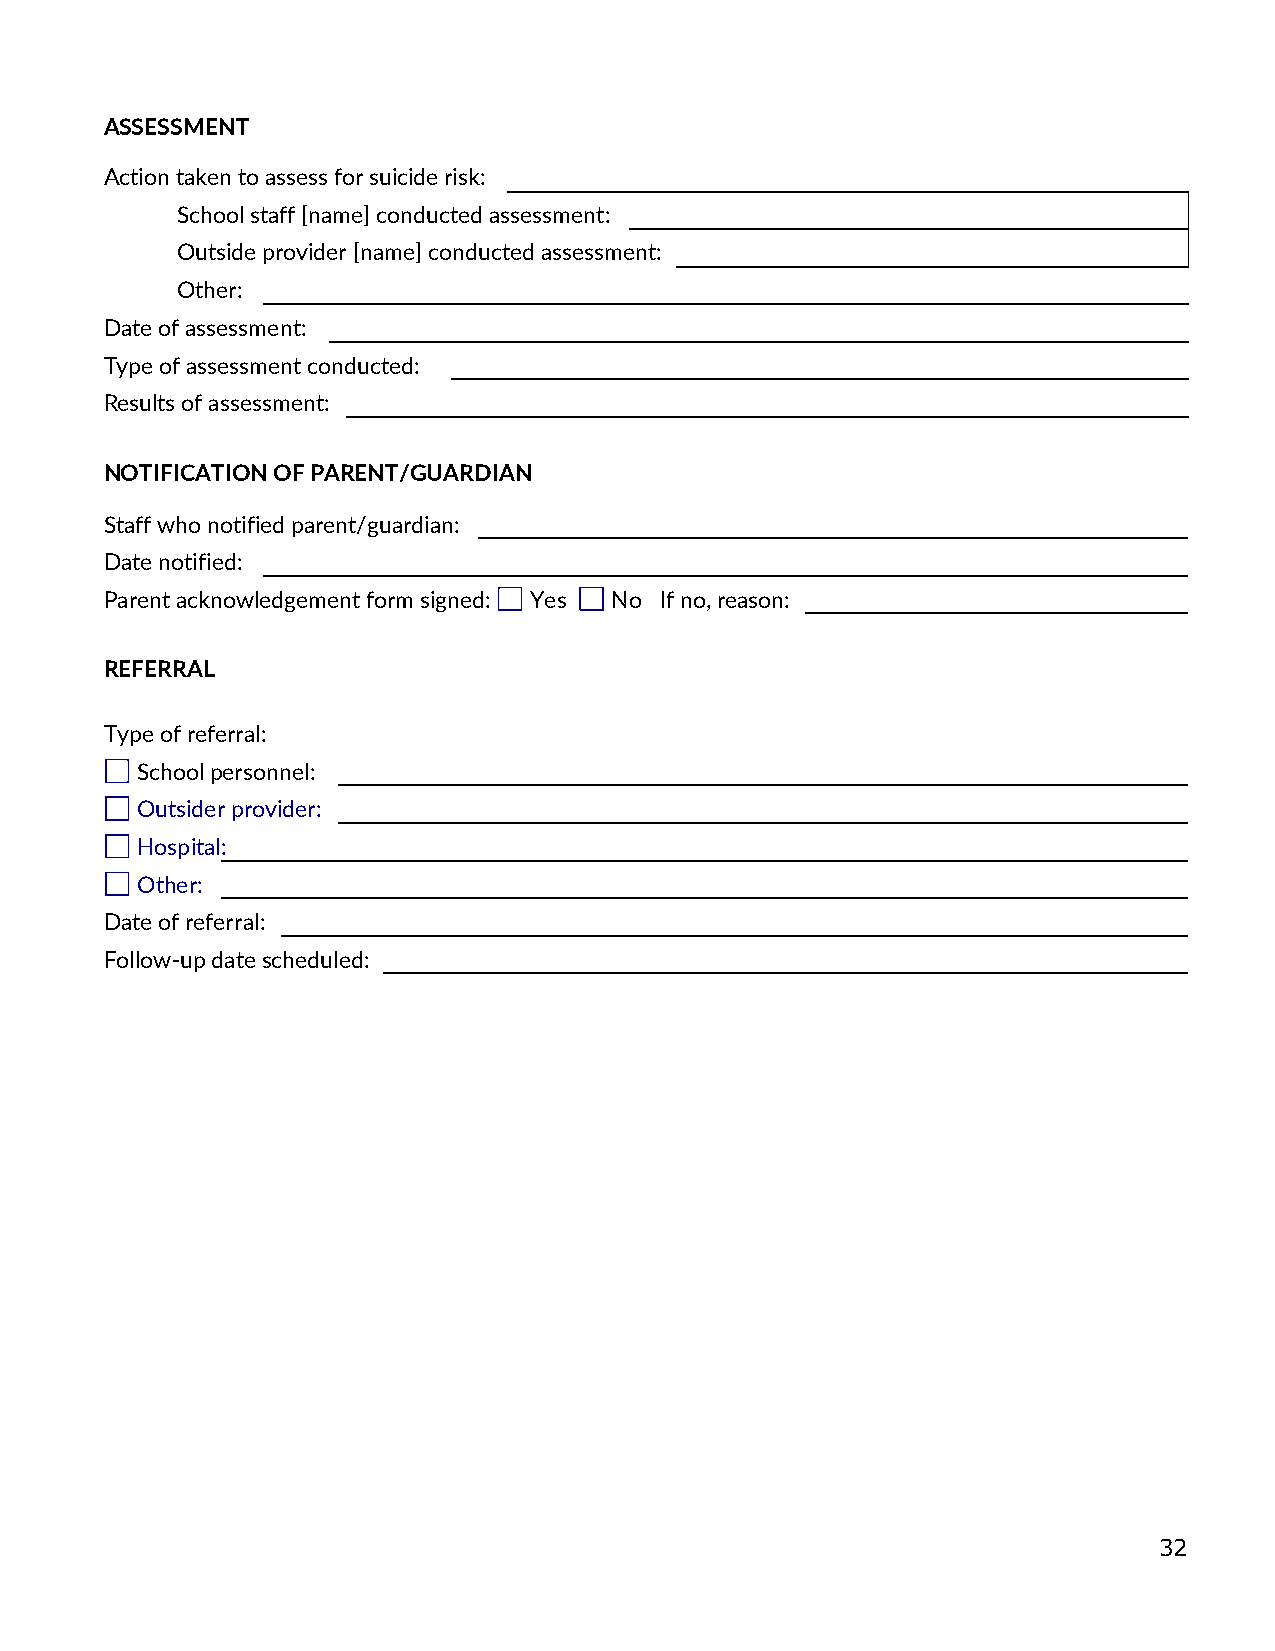
ASSESSMENT
 Action taken to assess for suicide risk:
 School staff [name] conducted assessment:
 Outside provider [name] conducted assessment:
 Other:
 Date of assessment:
 Type of assessment conducted:
 Results of assessment:
 NOTIFICATION OF PARENT/GUARDIAN
 Staff who notified parent/guardian:
 Date notified:
 Parent acknowledgement form signed: Yes No If no, reason:
 REFERRAL
 Type of referral:
 School personnel:
 Outsider provider:
 Hospital:
 Other:
 Date of referral:
 Follow-up date scheduled:
 32